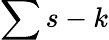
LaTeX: \sum s-k